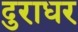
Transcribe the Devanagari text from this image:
दुराधर